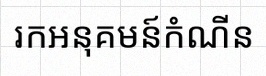
រកអនុគមន៍កំណើន